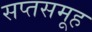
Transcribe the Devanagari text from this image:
सप्तसमूह